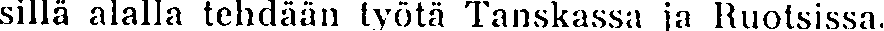
sillä alalla tehdään työtä Tanskassa ia Ruotsissa.